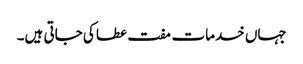
جہاں خدمات مفت عطا کی جاتی ہیں۔